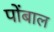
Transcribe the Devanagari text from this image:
पोंबाल